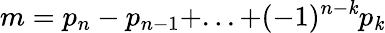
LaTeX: m=p_{n}-p_{n-1}+...+(-1)^{n-\mathit{k}}p_{\mathit{k}}